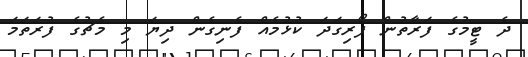
ދެ ޓީމުގެ ފަރާތުން ފޯރިގަދަ ކުޅުމެއް ފެނިގެން ދިޔަ މި މެޗުގެ ފުރަތަމަ